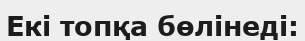
Екі топқа бөлінеді: